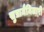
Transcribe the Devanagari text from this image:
सुप्रामैमिलारी